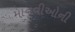
માનવીઓની